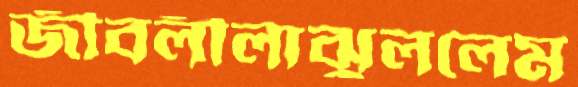
জীবলীলাঝুললেম